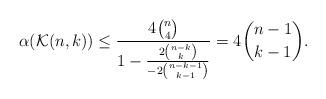
LaTeX: \begin{align*}\alpha(\mathcal{K}(n,k)) \leq \frac{4\binom{n}{4}}{1-\frac{2\binom{n-k}{k}}{-2\binom{n-k-1}{k-1}}} = 4 \binom{n-1}{k-1}.\end{align*}